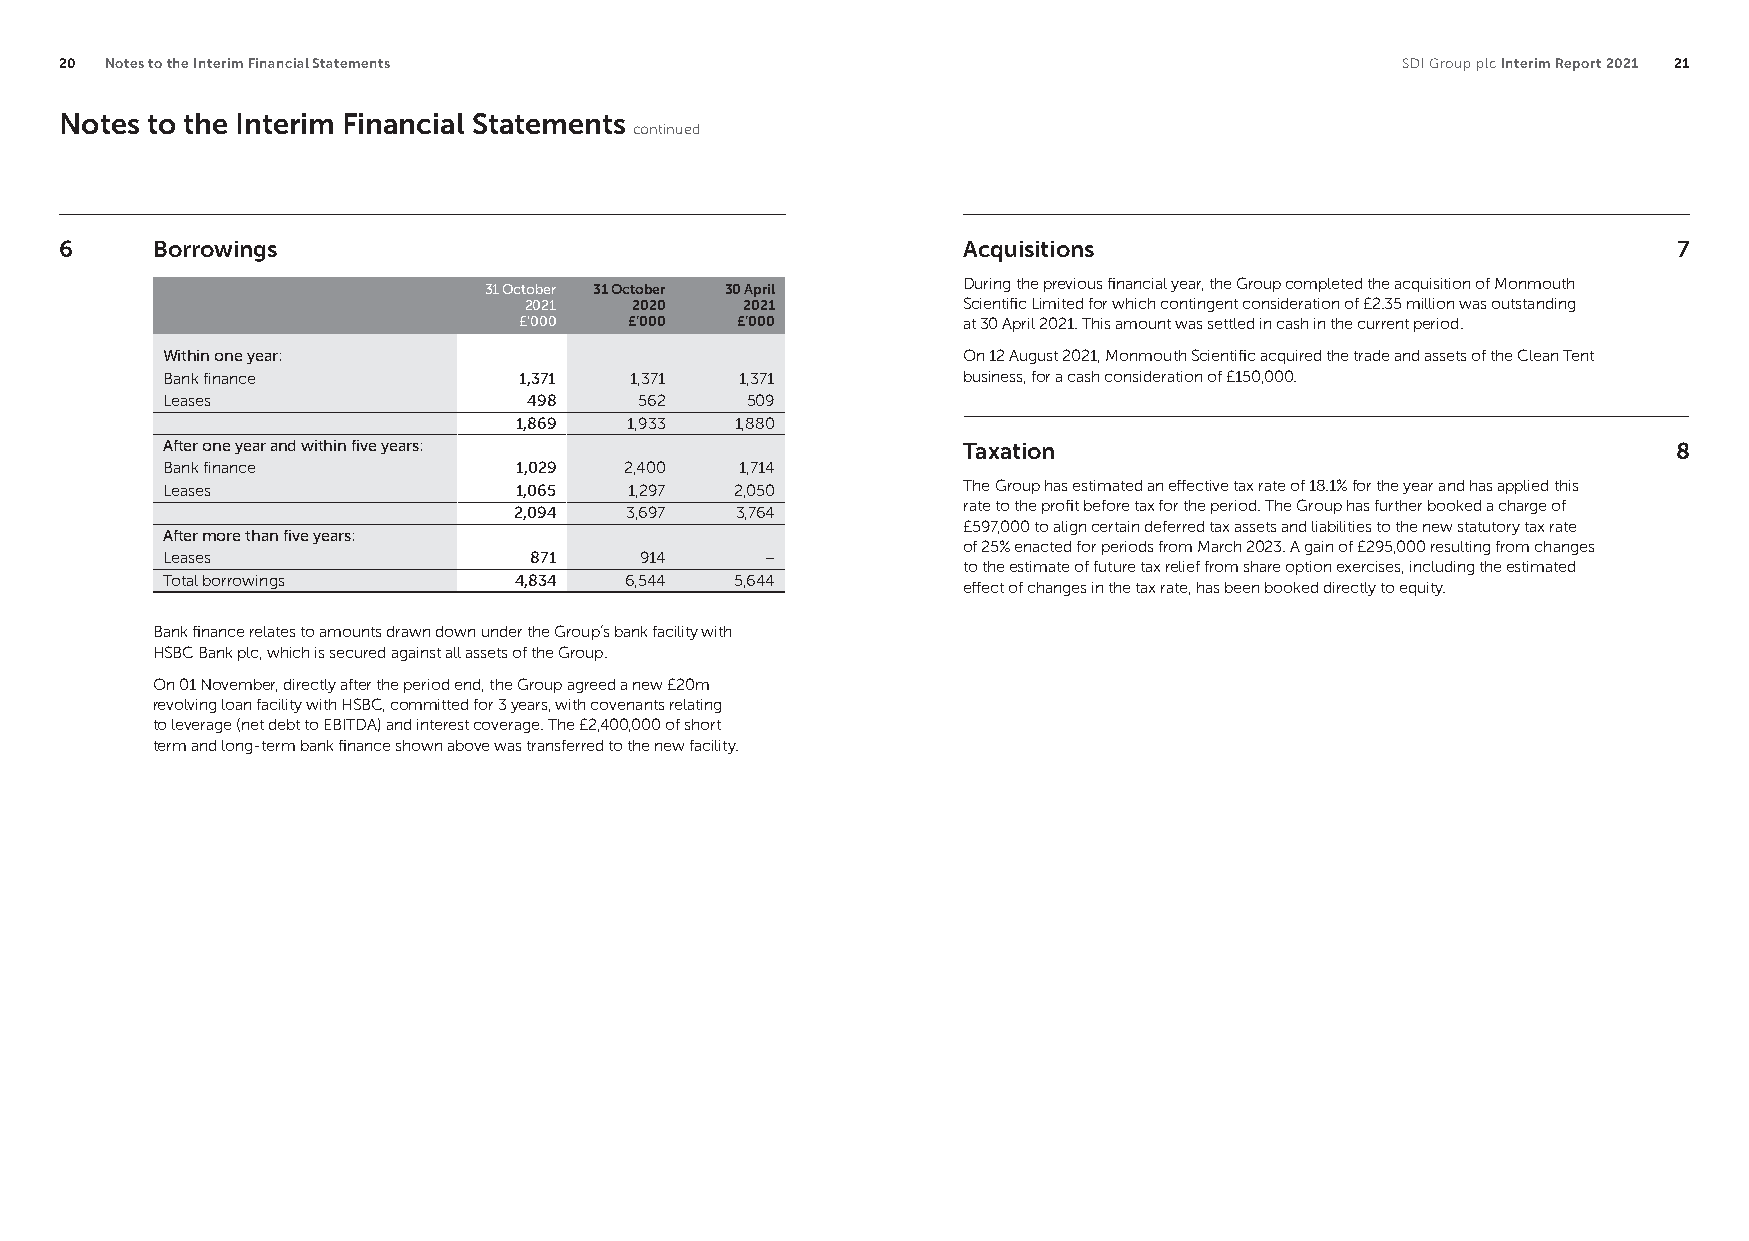
20 Notes to the Interim Financial Statements                                             SDI Group plc Interim Report 2021 21
 Notes to the Interim Financial Statements
 continued
 6     Borrowings                                            Acquisitions                                   7
 During the previous financial year, the Group completed the acquisition of Monmouth
 31 October 31 October 30 April
 2021   2020   2021           Scientific Limited for which contingent consideration of £2.35 million was outstanding
 £’000   £’000  £’000          at 30 April 2021. This amount was settled in cash in the current period.
 Within one year:                                     On 12 August 2021, Monmouth Scientific acquired the trade and assets of the Clean Tent
 Bank finance           1,371   1,371  1,371          business, for a cash consideration of £150,000.
 Leases                  498    562    509
 1,869   1,933  1,880
 After one year and within five years:                Taxation                                       8
 Bank finance           1,029  2,400   1,714
 Leases                 1,065   1,297  2,050          The Group has estimated an effective tax rate of 18.1% for the year and has applied this
 rate to the profit before tax for the period. The Group has further booked a charge of
 2,094  3,697   3,764
 £597,000 to align certain deferred tax assets and liabilities to the new statutory tax rate
 After more than five years:
 of 25% enacted for periods from March 2023. A gain of £295,000 resulting from changes
 Leases                  871    914      –
 to the estimate of future tax relief from share option exercises, including the estimated
 Total borrowings       4,834  6,544   5,644
 effect of changes in the tax rate, has been booked directly to equity.
 Bank finance relates to amounts drawn down under the Group’s bank facility with
 HSBC Bank plc, which is secured against all assets of the Group.
 On 01 November, directly after the period end, the Group agreed a new £20m
 revolving loan facility with HSBC, committed for 3 years, with covenants relating
 to leverage (net debt to EBITDA) and interest coverage. The £2,400,000 of short
 term and long-term bank finance shown above was transferred to the new facility.